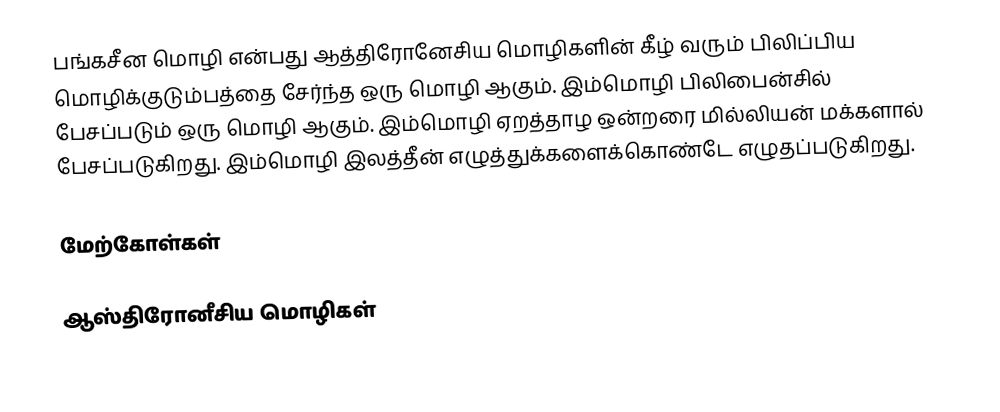
பங்கசீன மொழி என்பது ஆத்திரோனேசிய மொழிகளின் கீழ் வரும் பிலிப்பிய மொழிக்குடும்பத்தை சேர்ந்த ஒரு மொழி ஆகும். இம்மொழி பிலிபைன்சில் பேசப்படும் ஒரு மொழி ஆகும். இம்மொழி ஏறத்தாழ ஒன்றரை மில்லியன் மக்களால் பேசப்படுகிறது. இம்மொழி இலத்தீன் எழுத்துக்களைக்கொண்டே எழுதப்படுகிறது.

மேற்கோள்கள்

ஆஸ்திரோனீசிய மொழிகள்